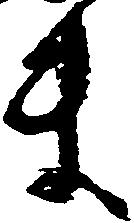
ま